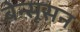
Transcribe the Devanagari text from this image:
बेन्सूसन